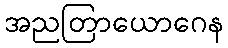
အညတြာယောဂေန